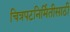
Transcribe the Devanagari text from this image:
चित्रपटनिर्मितीसाठी